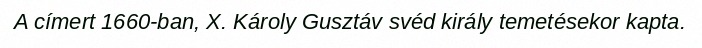
A címert 1660-ban, X. Károly Gusztáv svéd király temetésekor kapta.